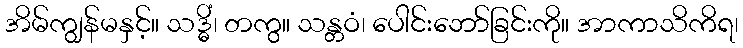
အိမ်ကျွန်မနှင့်။ သဒ္ဓိံ၊ တကွ။ သန္တဝံ၊ ပေါင်းဘော်ခြင်းကို။ အာကာသိကိရ၊